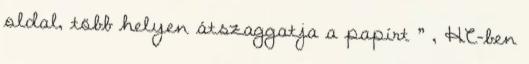
oldal, több helyen átszaggatja a papírt ” , HC-ben